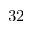
3 2